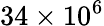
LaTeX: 34\times 10^{6}